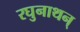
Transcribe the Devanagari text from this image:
रघुनाथन्